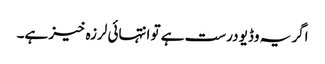
اگر یہ وڈیو درست ہے تو انتہائی لرزہ خیز ہے۔